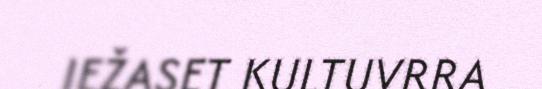
IEŽASET KULTUVRRA